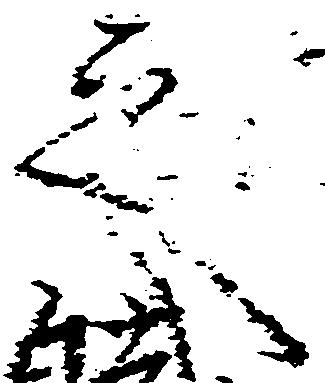
之